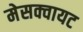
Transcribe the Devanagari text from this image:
मेसक्वायट